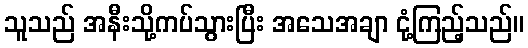
သူသည် အနီးသို့ကပ်သွားပြီး အသေအချာ ငုံ့ကြည့်သည်။